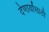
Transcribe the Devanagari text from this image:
देणार्यांसाठी